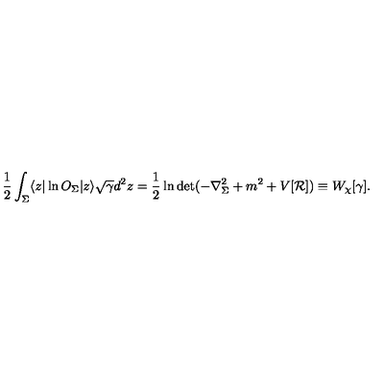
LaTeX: \frac 1 2 \int _ { \Sigma } \langle z | \ln O _ { \Sigma } | z \rangle \sqrt { \gamma } d ^ { 2 } z = \frac 1 2 \ln \det ( - \nabla _ { \Sigma } ^ { 2 } + m ^ { 2 } + V [ { \cal R } ] ) \equiv W _ { \chi } [ \gamma ] .